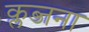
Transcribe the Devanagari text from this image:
क्लब्जना